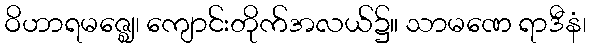
ဝိဟာရမဇ္ဈေ၊ ကျောင်းတိုက်အလယ်၌။ သာမဏေ ရာဒီနံ၊